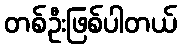
တစ်ဦးဖြစ်ပါတယ်